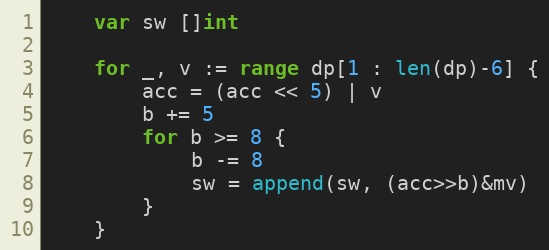
Language: Go
	var sw []int

	for _, v := range dp[1 : len(dp)-6] {
		acc = (acc << 5) | v
		b += 5
		for b >= 8 {
			b -= 8
			sw = append(sw, (acc>>b)&mv)
		}
	}